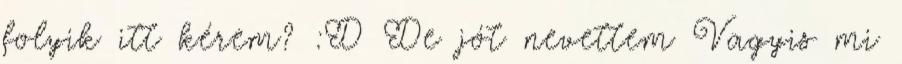
folyik itt kérem? :D De jót nevettem Vagyis mi